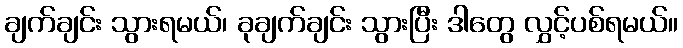
ချက်ချင်း သွားရမယ်၊ ခုချက်ချင်း သွားပြီး ဒါတွေ လွှင့်ပစ်ရမယ်။